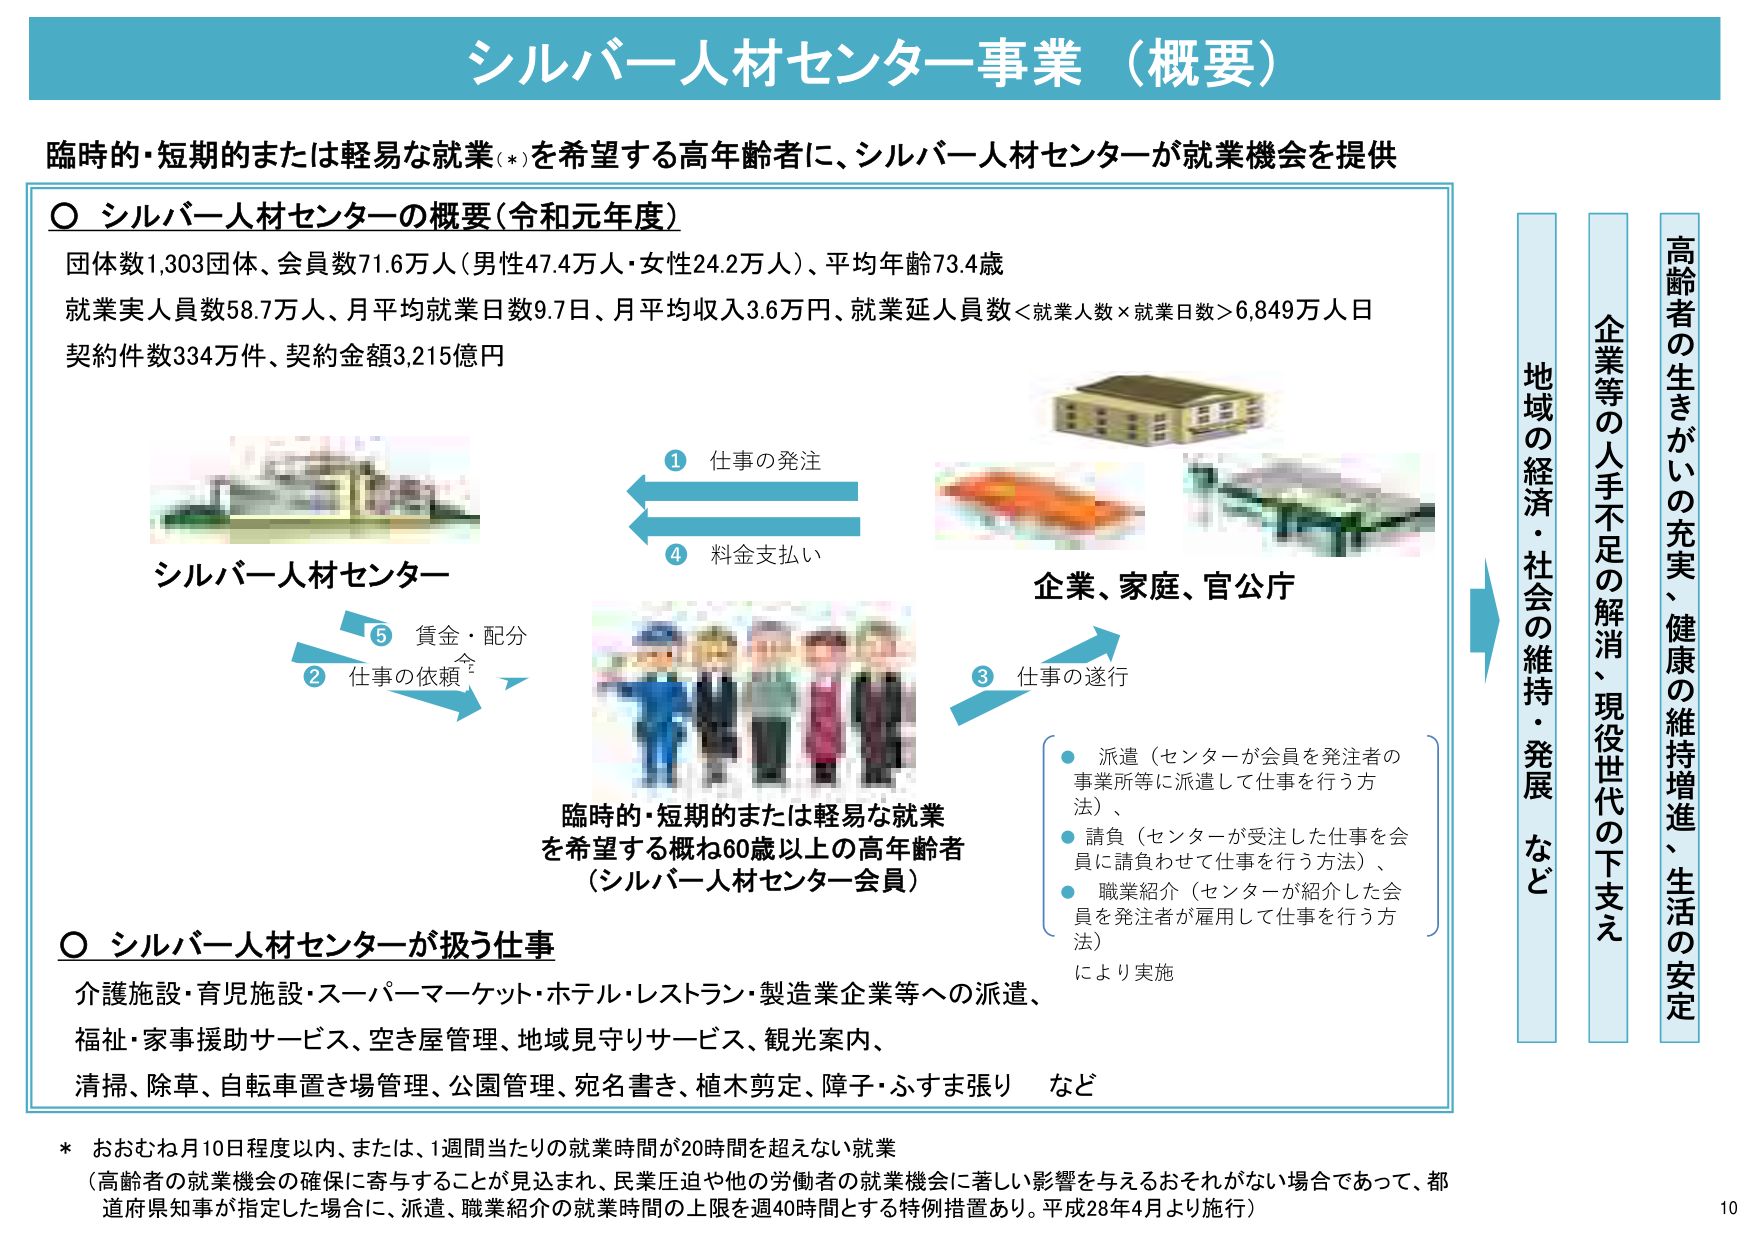
シルバー人材センター事業（概要）

臨時的・短期的または軽易な就業（*）を希望する高年齢者に、シルバー人材センターが就業機会を提供

○ シルバー人材センターの概要（令和元年度）
団体数1,303団体、会員数71.6万人（男性47.4万人・女性24.2万人）、平均年齢73.4歳
就業実人員数58.7万人、月平均就業日数9.7日、月平均収入3.6万円、就業延人員数＜就業人数×就業日数＞6,849万人日
契約件数334万件、契約金額3,215億円

シルバー人材センター
① 仕事の発注
④ 料金支払い
② 仕事の依頼
⑤ 賃金・配分
③ 仕事の遂行

企業、家庭、官公庁

臨時的・短期的または軽易な就業
を希望する概ね60歳以上の高年齢者
（シルバー人材センター会員）

● 派遣（センターが会員を発注者の
事業所等に派遣して仕事を行う方
法）、
● 請負（センターが受注した仕事を会
員に請負わせて仕事を行う方法）、
● 職業紹介（センターが紹介した会
員を発注者が雇用して仕事を行う方
法）
により実施

○ シルバー人材センターが扱う仕事
介護施設・育児施設・スーパーマーケット・ホテル・レストラン・製造業企業等への派遣、
福祉・家事援助サービス、空き屋管理、地域見守りサービス、観光案内、
清掃、除草、自転車置き場管理、公園管理、宛名書き、植木剪定、障子・ふすま張り など

* おおむね月10日程度以内、または、1週間当たりの就業時間が20時間を超えない就業
（高齢者の就業機会の確保に寄与することが見込まれ、民業圧迫や他の労働者の就業機会に著しい影響を与えるおそれがない場合であって、都
道府県知事が指定した場合に、派遣、職業紹介の就業時間の上限を週40時間とする特例措置あり。平成28年4月より施行）

地域の経済・社会の維持・発展など
企業等の人手不足の解消、現役世代の下支え
高齢者の生きがいの充実、健康の維持増進、生活の安定

10